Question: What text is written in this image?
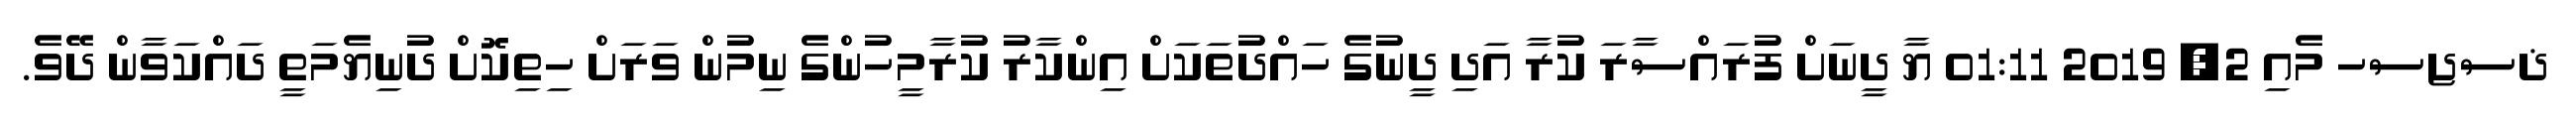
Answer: ޛސޖސހ މެއި 2, 2019 01:11 ޔާ ދީނަށް ފުރައްސާރަ ކުރާ އަދި ދީނުގެ ހައްދުތަކަށް އިންކާރު ކުރާމީހުންގެ ނިމުން ވަރަށް ހިތިކޮށް ދުނިޔެމަތީ ދައްކަވާން ދޭވެ.